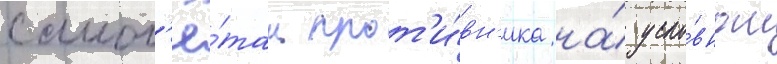
самол'ё́там прот'и́вн'ика на́ усло́вном